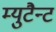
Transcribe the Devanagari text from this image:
म्युटैन्ट